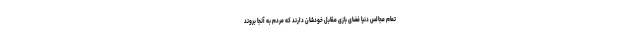
تمام مجالس دنیا فضای بازی مقابل خودشان دارند که مردم به آنجا بروند